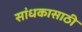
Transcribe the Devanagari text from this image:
सांधकासाठी